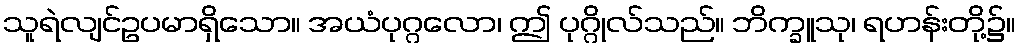
သူရဲလျင်ဥပမာရှိသော။ အယံပုဂ္ဂလော၊ ဤ ပုဂ္ဂိုလ်သည်။ ဘိက္ခူသု၊ ရဟန်းတို့၌။